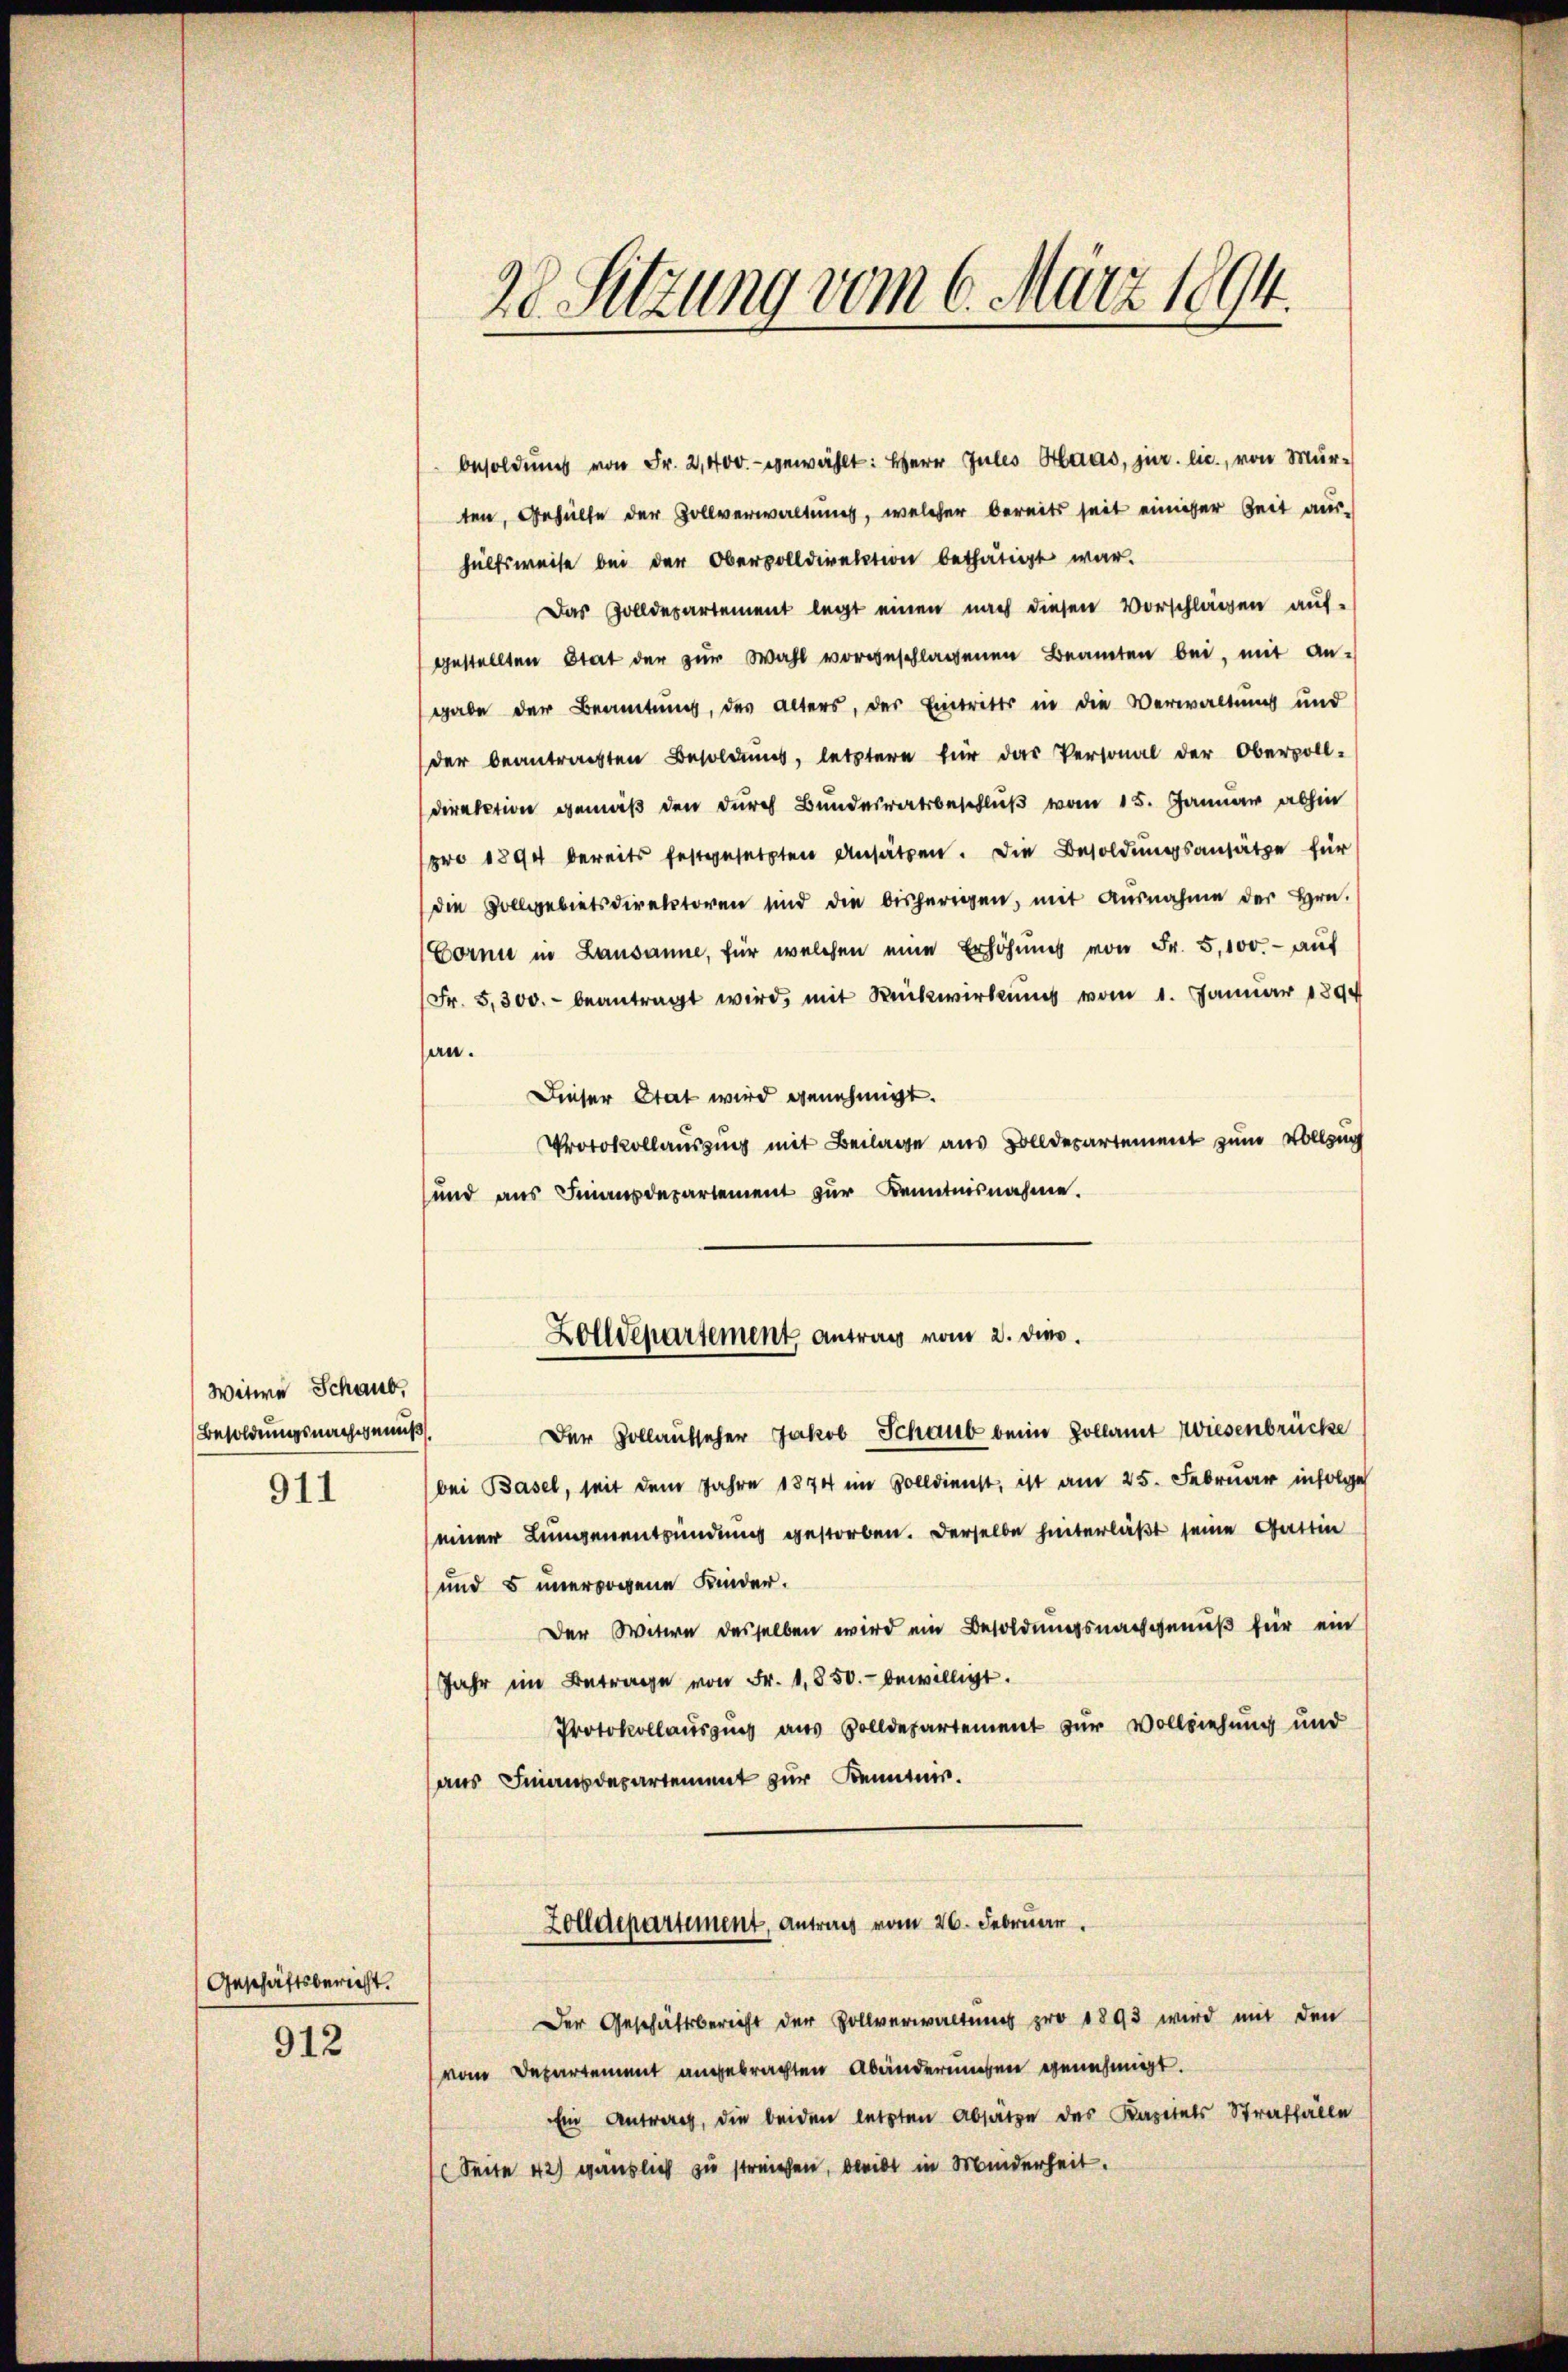
Witwe Schaub,
Besoldungsnachgenuß

911

besoldung von Fr. 2,400.- gewählt: Herr Jules Haas, jur. lic., von Murten, Gehülfe der Zollverwaltung, welcher bereits seit einiger Zeit aus-
hülfsweise bei der Obervolldirektion bethätigt war.
Das Zolldepartement legt einen nach diesen Vorschlagen auf-
gestellten Stat der zŭr Wahl vorgeschlagenen Beamten bei, mit An-
gabe der Beamtung, des alters, der Eintritts in die Verwaltung und
der beantragten Besoldŭng, letztere für das Personal der Obervoll-
Direktion gemäß den durch Bundesratsbeschluß vom 15. Januar abhin
pro 1890 bereits festgesetzten Ansätzen. Die Besoldungsansätze für
die Vollgebietsdirektoren sind die bisherigen, mit Ausnahme der Hrn.
Corni in Lausanne, für welchen eine Erhöhung von Fr. 5,100. - auf
Fr. 5,300.- beantragt wird, mit Rückwirkung vom 1. Januar 1890
an.
Dieser Stat wird genehmigt.
Protokollausung mit Beilage aus Bolldepartement zum Vollzug
und aus Finanzdepartement zur Kenntnisnahme.
Zolldepartement antrag vom 2. dies.
Der Gollaufseher Jakob Schaub beim Zollamt Wiesenbrücke
bei Basel, seit dem Jahre 1874 im Zolldienst, ist am 25. Februar infolge
einer Lungenentzündung gestorben. Derselbe hinterläßt seine Gattin
und 5 unerzogene Kinder.
Der Witwe desselben wird ein Besoldungsnachgenuß für ein
Jahr im Betrage von Fr. 1850.- bewilligt.
Protokollausung aus Solldepartement zur Vollziehung und
aus Finanzdepartement zur Kenntnis.
Zolldepartement, Antrag vom 26. Februar.
Der Geschäftsbericht der Rollverwaltung pro 1893 wird mit den
vom Departement angebrachten Abänderungen genehmigt.
Ein Antrag, die beiden letzten Absätze des Kapitals Straffälle
(Seite 42) gänzlich zu streichen, bleibt in Minderheit.

Geschäftsbericht.

912

280 Sitzung vom 6. März 1894.